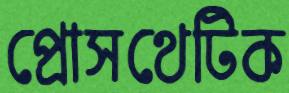
প্রোসথেটিক